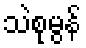
သဲစုမွန်